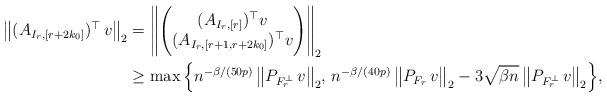
LaTeX: \begin{align*} \big\| (A_{I_r,[r+2k_0]})^\top \,v\big\|_2 &= \Bigg\| \Bigg( \begin{matrix} (A_{I_r,[r]})^\top v \\ (A_{I_r,[r+1,r+2k_0]})^\top v \end{matrix} \Bigg) \Bigg\|_2\\&\ge \max \Big\{ n^{-\beta/(50p)}\,\big\|P_{F_r^\perp}\,v\big\|_2 ,\, n^{-\beta/(40p)} \,\big\|P_{F_r}\,v\big\|_2 - 3\sqrt{\beta n} \,\big\|P_{F_r^\perp}\,v\big\|_2\Big\},\end{align*}